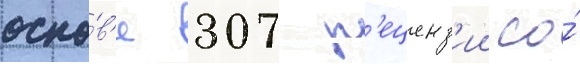
осно́в'е 307 р'еценз'ии со́